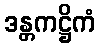
ဒန္တကဋ္ဌိကံ